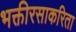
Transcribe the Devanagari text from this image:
भक्तीरसाकरिता